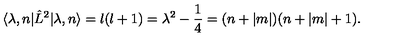
\langle \lambda , n | \hat { L } ^ { 2 } | \lambda , n \rangle = l ( l + 1 ) = \lambda ^ { 2 } - \frac 1 4 = ( n + | m | ) ( n + | m | + 1 ) .